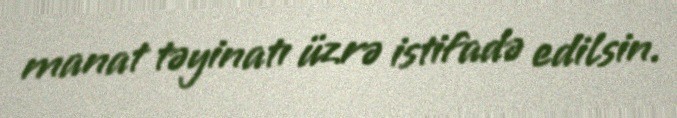
manat təyinatı üzrə istifadə edilsin.